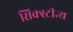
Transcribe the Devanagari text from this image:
सिक्स्टीन्थ